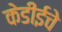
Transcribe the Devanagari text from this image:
केडीईचे